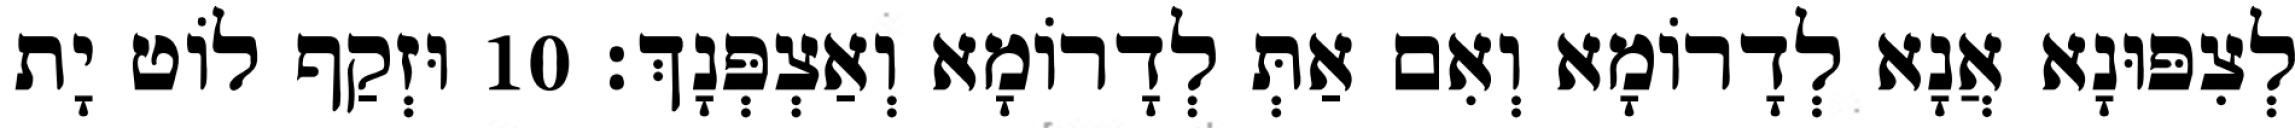
לְצִפּוּנָא אֲנָא לְדָרוֹמָא וְאִם אַתְּ לְדָרוֹמָא וְאַצְפְּנָךְ׃ 10 וּזְקַף לוֹט יָת